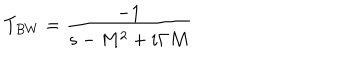
T _ { B W } = { \frac { - 1 } { s - M ^ { 2 } + i \Gamma M } }